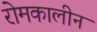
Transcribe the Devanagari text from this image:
रोमकालीन